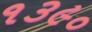
૧૩૯૦